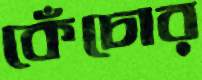
কেঁচোর